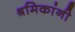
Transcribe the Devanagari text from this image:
श्रमिकांनी